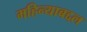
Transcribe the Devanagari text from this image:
महिन्याबद्दल